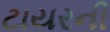
ટાયરની